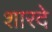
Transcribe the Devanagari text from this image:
शारदे